Indian Medical Review
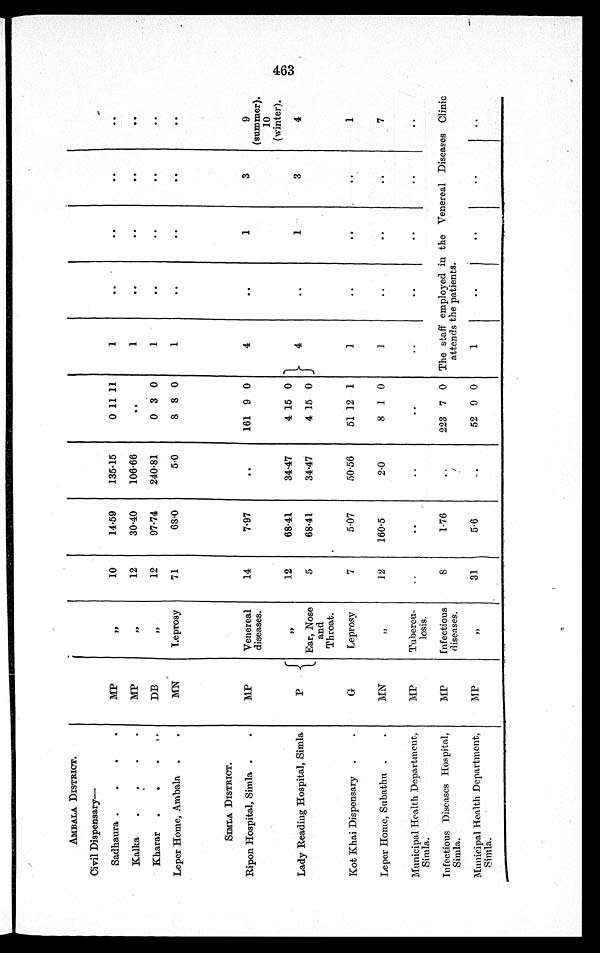
AMBALA DISTRICT.
Civil Dispensary —
Sadhaura .
.
.
.
MP
,,
10
14.59
135.15
0 11 11
1
. .
. .
. .
. .
Kalka
. . . .
MP
,,
12
30.40
106.66
. .
1
. .
. .
. .
. .
Kharar
. .
.
DB
, ,
12
97.74
240.81
0 3 0
1
. .
. .
. .
. .
Leper Home, Ambala .
.
MN
Leprosy
71
68.0
5.0
8 8 0
1
..
. .
. .
..
SIMLA DISTRICT.
Ripon Hospital, Simla .
.
MP
Venereal
diseases.
14
7.97
. . 161 9 0
4
. .
1
3
9
(summer).
10
(winter).
Lady Reading Hospital, Simla
P
,,
Ear, Nose
and
Throat.
12
5
68.41
68.41
.
34.47
34.47
4 15 0
4 15 0
4
..
1
3
4
Kot Khai Dispensary .
.
G
Leprosy
7
5.07
50.56
51 12 1
1
..
..
. .
1
Leper Home, Subathu .
.
MN
„
12
160.5
2.0
8 1 0
1
..
..
. .
7
Municipal Health Department,
Simla.
MP
Tubercu-
losis.
. .
..
..
..
..
..
..
..
..
Infectious Diseases Hospital,
Simla.
MP
Infeetious
diseases.
8
1.76
..
223 7 0
The staff employed in the Venereal Diseases Clinic
attends the patients.
- Municipal Health Department,
Simla.
MP
, ,
31
5.6
..
52 9 0
1
. .
. .
. .
. .